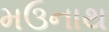
મઉનાથ